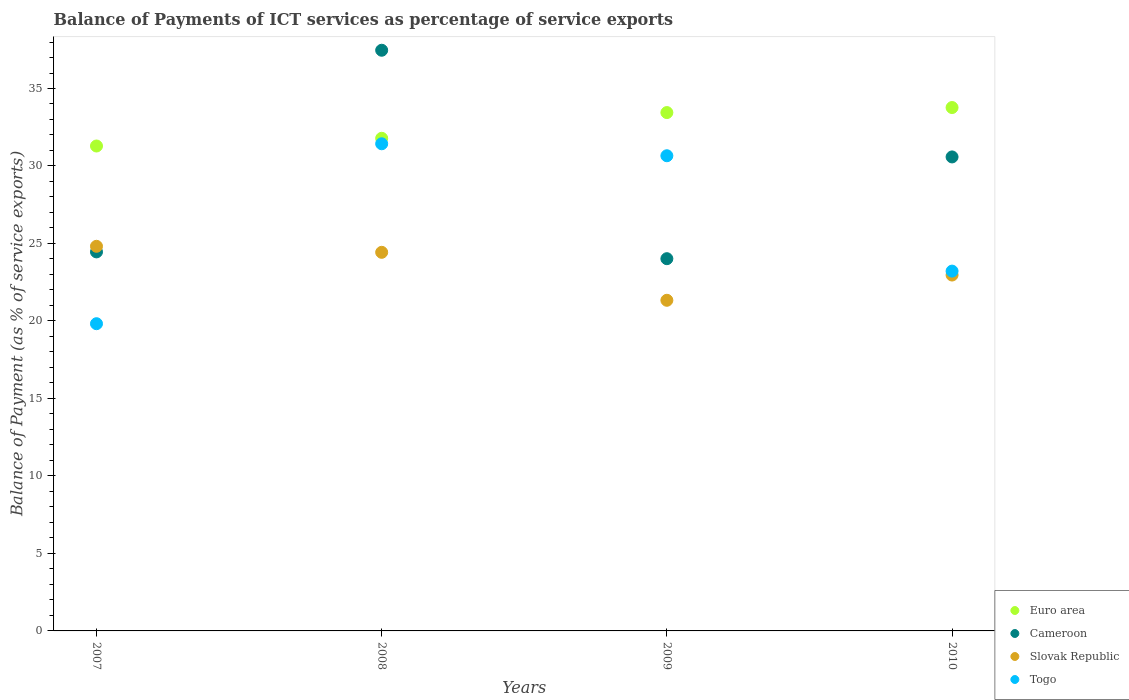
| Years | Euro area | Cameroon | Slovak Republic | Togo |
 | --- | --- | --- | --- | --- |
 | 2007 | 31.3 | 24.5 | 24.8 | 19.8 |
 | 2008 | 31.8 | 37.5 | 24.4 | 31.4 |
 | 2009 | 33.4 | 24 | 21.3 | 30.7 |
 | 2010 | 33.8 | 30.6 | 23 | 23.2 |